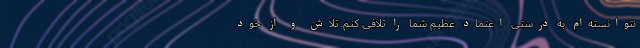
نتوانسته‌ام به درستی اعتماد عظیم شما را تلافی کنم. تلاش و از خود